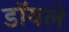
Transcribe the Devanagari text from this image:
डॉयले